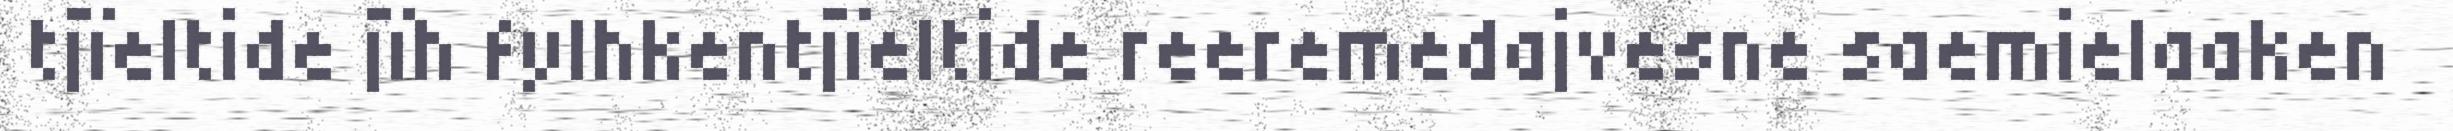
tjïeltide jïh fylhkentjïeltide reeremedajvesne saemielaaken